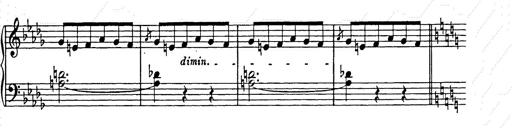
Title: Weihnachtsbaum
Composer: Franz Liszt